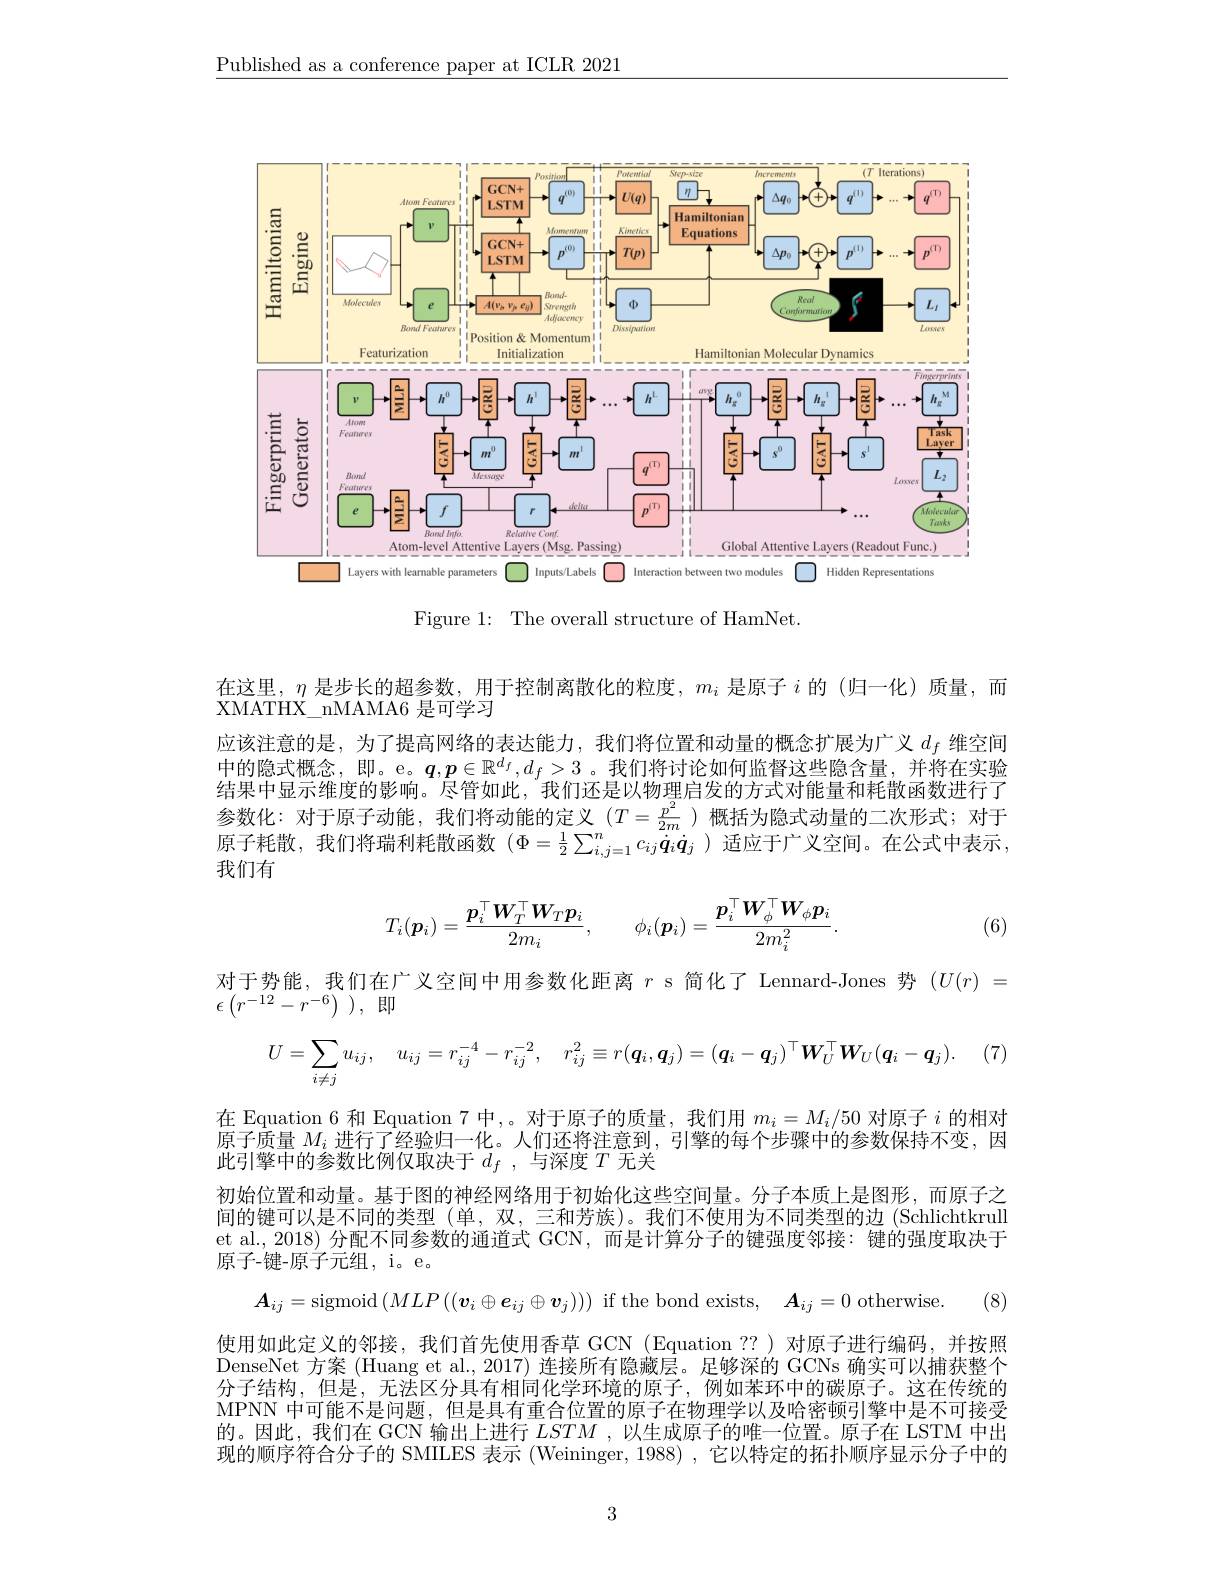
$\underline{\text{Published as a conference paper at ICLR 2021}}$

<FigureHere>

Figure 1: The overall structure of HamNet.

在这里，$\eta$是步长的超参数，用于控制离散化的粒度，$m_i$是原子$i$的(归一化)质量，而
XMATHX\_nMAMA6 是可学习
应该注意的是，为了提高网络的表达能力，我们将位置和动量的概念扩展为广义$d_f$维空间中的隐式概念，即。e。$\boldsymbol{q},\boldsymbol{p}\in\mathbb{R}^d_f,d_f>3$。我们将讨论如何监督这些隐含量，并将在实验结果中显示维度的影响。尽管如此，我们不是以物埋后发的方式对能最相耗散欧数开行 1参数化：对于原子动能，我们将动能的定义($T=\frac{p^2}{2m}$)概括为隐式动量的二次形式；对于原子耗散，我们将瑞利耗散函数($\Phi=\frac12\sum_{i,j=1}^nc_{ij}\dot{q}_i\dot{q}_j$ )适应于广义空间。在公式中表示， 我们有
$$T_i(\boldsymbol{p}_i)=\frac{\boldsymbol{p}_i^\top\boldsymbol{W}_T^\top\boldsymbol{W}_T\boldsymbol{p}_i}{2m_i},\quad\phi_i(\boldsymbol{p}_i)=\frac{\boldsymbol{p}_i^\top\boldsymbol{W}_\phi^\top\boldsymbol{W}_\phi\boldsymbol{p}_i}{2m_i^2}.$$
(6)

对于势能，我们在广义空间中用参数化距离$r$ s简化了 Lennard-Jones 势$(U(r)=$
$\epsilon \left ( r^{- \dot{1} 2}- r^{- 6}\right )$ ,即
$$U=\sum\limits_{i\neq j}u_{ij},\quad u_{ij}=r_{ij}^{-4}-r_{ij}^{-2},\quad r_{ij}^{2}\equiv r(\boldsymbol{q}_{i},\boldsymbol{q}_{j})=(\boldsymbol{q}_{i}-\boldsymbol{q}_{j})^{\top}\boldsymbol{W}_{U}^{\top}\boldsymbol{W}_{U}(\boldsymbol{q}_{i}-\boldsymbol{q}_{j}).$$
(7

在 Equation 6 和 Equation 7 中，。对于原子的质量，我们用$m_i=M_i/50$对原子$i$的相对原子质量$M_i$进行了经验归一化。人们还将注意到，引擎的每个步骤中的参数保持不变，因此引擎中的参数比例仅取决于$d_f$,与深度$T$无关
初始位置和动量。基于图的神经网络用于初始化这些空间量。分子本质上是图形，而原子之间的键可以是不同的类型(单，双，三和芳族)。我们不使用为不同类型的边(Schlichtkrull et al.,2018)分配不同参数的通道式 GCN,而是计算分子的键强度邻接：键的强度取决于原子-键-原子元组，i。e。
$\boldsymbol{A}_{ij}=$sigmoid$\left(MLP\left((\boldsymbol{v}_{i}\oplus\boldsymbol{e}_{ij}\oplus\boldsymbol{v}_{j})\right)\right)$ if the bond exists, $\boldsymbol{A}_{ij}= 0$ otherwise. (8) 使用如此定义的邻接，我们首先使用香草 GCN (Equation ??)对原子进行编码，并按照DenseNet 方案 (Huang et al., 2017) 连接所有隐藏层。足够深的 GCNs 确实可以捕获整个分子结构，但是，无法区分具有相同化学环境的原子，例如苯环中的碳原子。这在传统的MPNN 中可能不是问题，但是具有重合位置的原子在物理学以及哈密顿引擎中是不可接受的。因此，我们在 GCN 输出上进行$LSTM$ ,以生成原子的唯一位置。原子在 LSTM 中出现的顺序符合分子的 SMILES 表示 (Weininger, 1988) , 它以特定的拓扑顺序显示分子中的

3